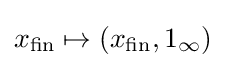
x_{\text{fin}}\mapsto (x_{\text{fin}},1_{\infty })